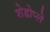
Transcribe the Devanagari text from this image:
शेडोप्ले